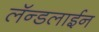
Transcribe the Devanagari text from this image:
लॅन्डलाईन